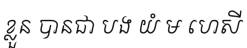
ខ្លួន បានជា បង យំ ម ហេសី